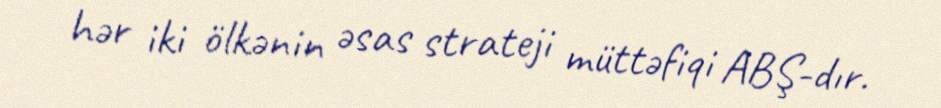
hər iki ölkənin əsas strateji müttəfiqi ABŞ-dır.